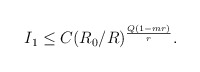
\begin{align*} \begin{aligned} I_1\leq C(R_0/R)^{\frac{Q(1-mr)}{r}}.\\ \end{aligned} \end{align*}